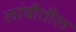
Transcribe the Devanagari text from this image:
लांबीतील